system: You are a helpful assistant.
user:
Analyze the provided spectrum to determine if it is a **"Cataclysmic Variables (CV)"**.

- **Key Indicators for CV (Check for either state):**
    - **State 1: Quiescent / Low-State (Emission-Dominated)**
        - **(Primary):** Strong and *very broad* Hydrogen Balmer emission lines (e.g., $H\alpha$ at 6563 Å, $H\beta$ at 4861 Å). The 'broadness' (high velocity dispersion, often FWHM > 1000 km/s) is the key diagnostic, indicating a high-velocity accretion disk.
        - **(Secondary):** Broad neutral Helium (He I) emission lines (e.g., 5876 Å, 6678 Å).
        - **(Key Confirmation):** Presence of high-excitation *ionized* Helium (He II) emission at 4686 Å. This is a strong indicator of accretion onto a white dwarf.
        - **(Line Profile):** Emission lines may exhibit a 'double-peaked' profile, which is a classic signature of a rotating accretion disk viewed at high inclination.

    - **State 2: Outburst / High-State (Absorption-Dominated)**
        - **(Primary):** Spectrum is dominated by a bright, blue continuum (looks like a hot star).
        - **(Secondary):** The emission lines from State 1 are weak, absent, or 'filled in', and are replaced by broad, shallow *absorption* lines (primarily Balmer and He I).
        - **(Morphology):** The overall spectrum mimics a hot B/A-type star. The crucial difference is that the absorption lines are significantly broader, shallower, and more 'washed-out' (or 'smeared') than the sharp lines of a normal stellar photosphere, due to high rotational speeds and pressure broadening in the disk.

Think first, call **spectral_visualization_tool** if needed to examine features in detail, then provide your final answer. Your response must adhere to the following strict rules:
1.  **Overall Structure:** Your response must follow the format `<think>...</think> <tool_call>...</tool_call> (if a tool is used) <answer>...</answer>`.
2.  **Tool Usage Constraint:** You may only make **one** tool call per turn.
3.  **Final Answer Format:** In the `<answer>` tag, your conclusion must be inside a `\boxed{}` command (e.g., `\boxed{YES}`), followed by your justification.

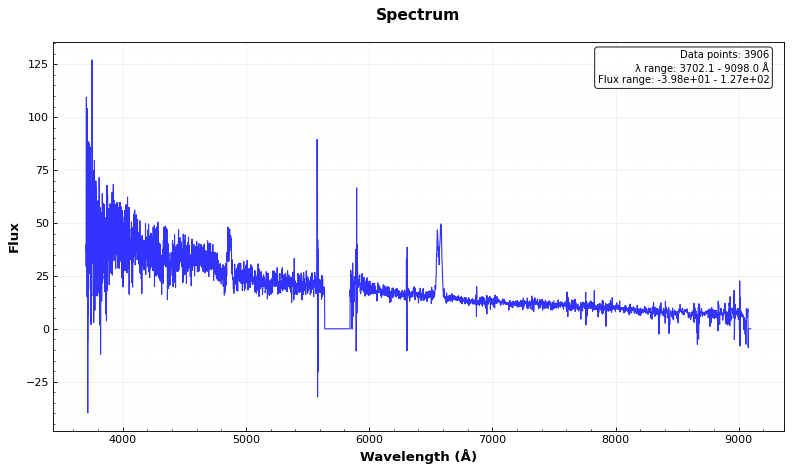
Answer: YES